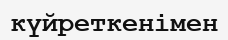
күйреткенімен